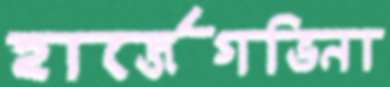
হার্জেগভিনা